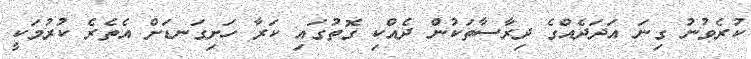
ކުރެވުނު ގިނަ އަދަދެއްގެ ދިރާސާތަކުން ދެއްކި ގޮތުގައި ކަރާ ހަށިގަނޑަށް އެތެރެ ކުރުމަކީ